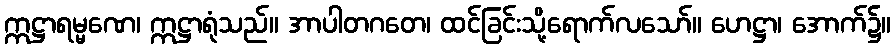
ဣဋ္ဌာရမ္မဏေ၊ ဣဋ္ဌာရုံသည်။ အာပါတဂတေ၊ ထင်ခြင်းသို့ရောက်လသော်။ ဟေဋ္ဌာ၊ အောက်၌။